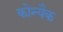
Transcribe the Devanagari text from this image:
कोन्यैक